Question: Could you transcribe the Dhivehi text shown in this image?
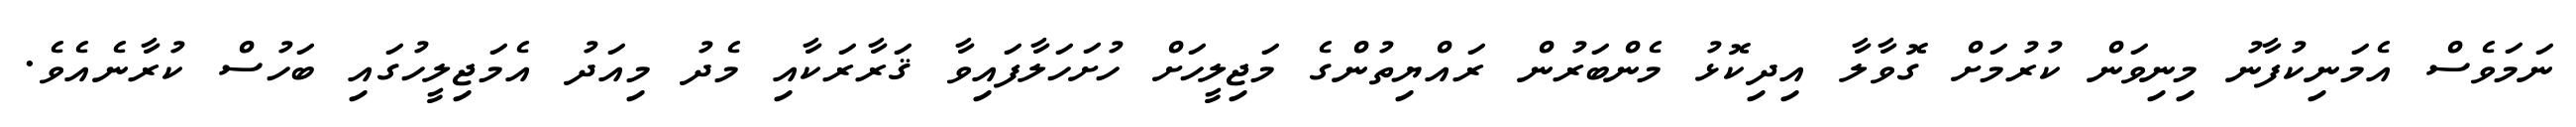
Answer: ނަމަވެސް އެމަނިކުފާނު މިނިވަން ކުރުމަށް ގޮވާލާ އިދިކޮޅު މެންބަރުން ރައްޔިތުންގެ މަޖިލީހަށް ހުށަހަލާފައިވާ ޤަރާރަކާއި މެދު މިއަދު އެމަޖިލީހުގައި ބަހުސް ކުރާނެއެވެ.